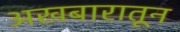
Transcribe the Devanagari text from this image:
अखबारातून